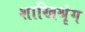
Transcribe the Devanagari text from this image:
शाखिश्रृंग